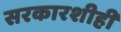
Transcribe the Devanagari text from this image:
सरकारशीही